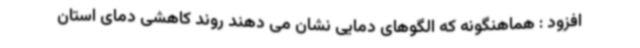
افزود : هماهنگونه که الگوهای دمایی نشان می دهند روند کاهشی دمای استان